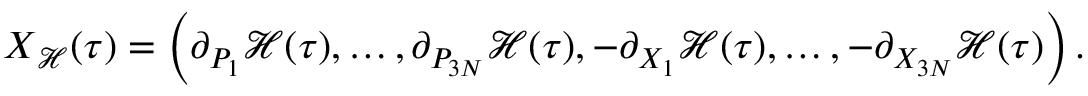
\begin{array} { r } { \ensuremath { \boldsymbol { X } } _ { \mathcal { H } } ( \tau ) = \left( \partial _ { P _ { 1 } } \mathcal { H } ( \tau ) , \ldots , \partial _ { P _ { 3 N } } \mathcal { H } ( \tau ) , - \partial _ { X _ { 1 } } \mathcal { H } ( \tau ) , \ldots , - \partial _ { X _ { 3 N } } \mathcal { H } ( \tau ) \right) . } \end{array}